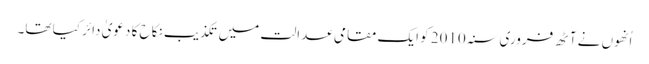
اُنھوں نے آٹھ فروری سنہ 2010 کو ایک مقامی عدالت میں تکذیب نکاح کا دعویٰ دائر کیا تھا۔